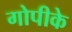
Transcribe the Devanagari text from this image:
गोपीके